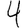
Digit: 4